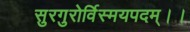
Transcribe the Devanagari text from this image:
सुरगुरोर्विस्मयपदम्।।